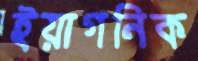
ইয়াগনিক